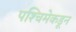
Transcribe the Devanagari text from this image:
पश्‍चिमेकडून